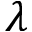
\lambda